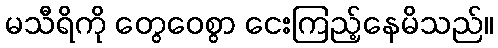
မသီရိကို တွေဝေစွာ ငေးကြည့်နေမိသည်။